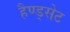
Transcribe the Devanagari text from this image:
हैण्ड्सेट